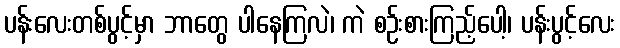
ပန်းလေးတစ်ပွင့်မှာ ဘာတွေ ပါနေကြလဲ၊ ကဲ စဉ်းစားကြည့်ပေါ့၊ ပန်းပွင့်လေး